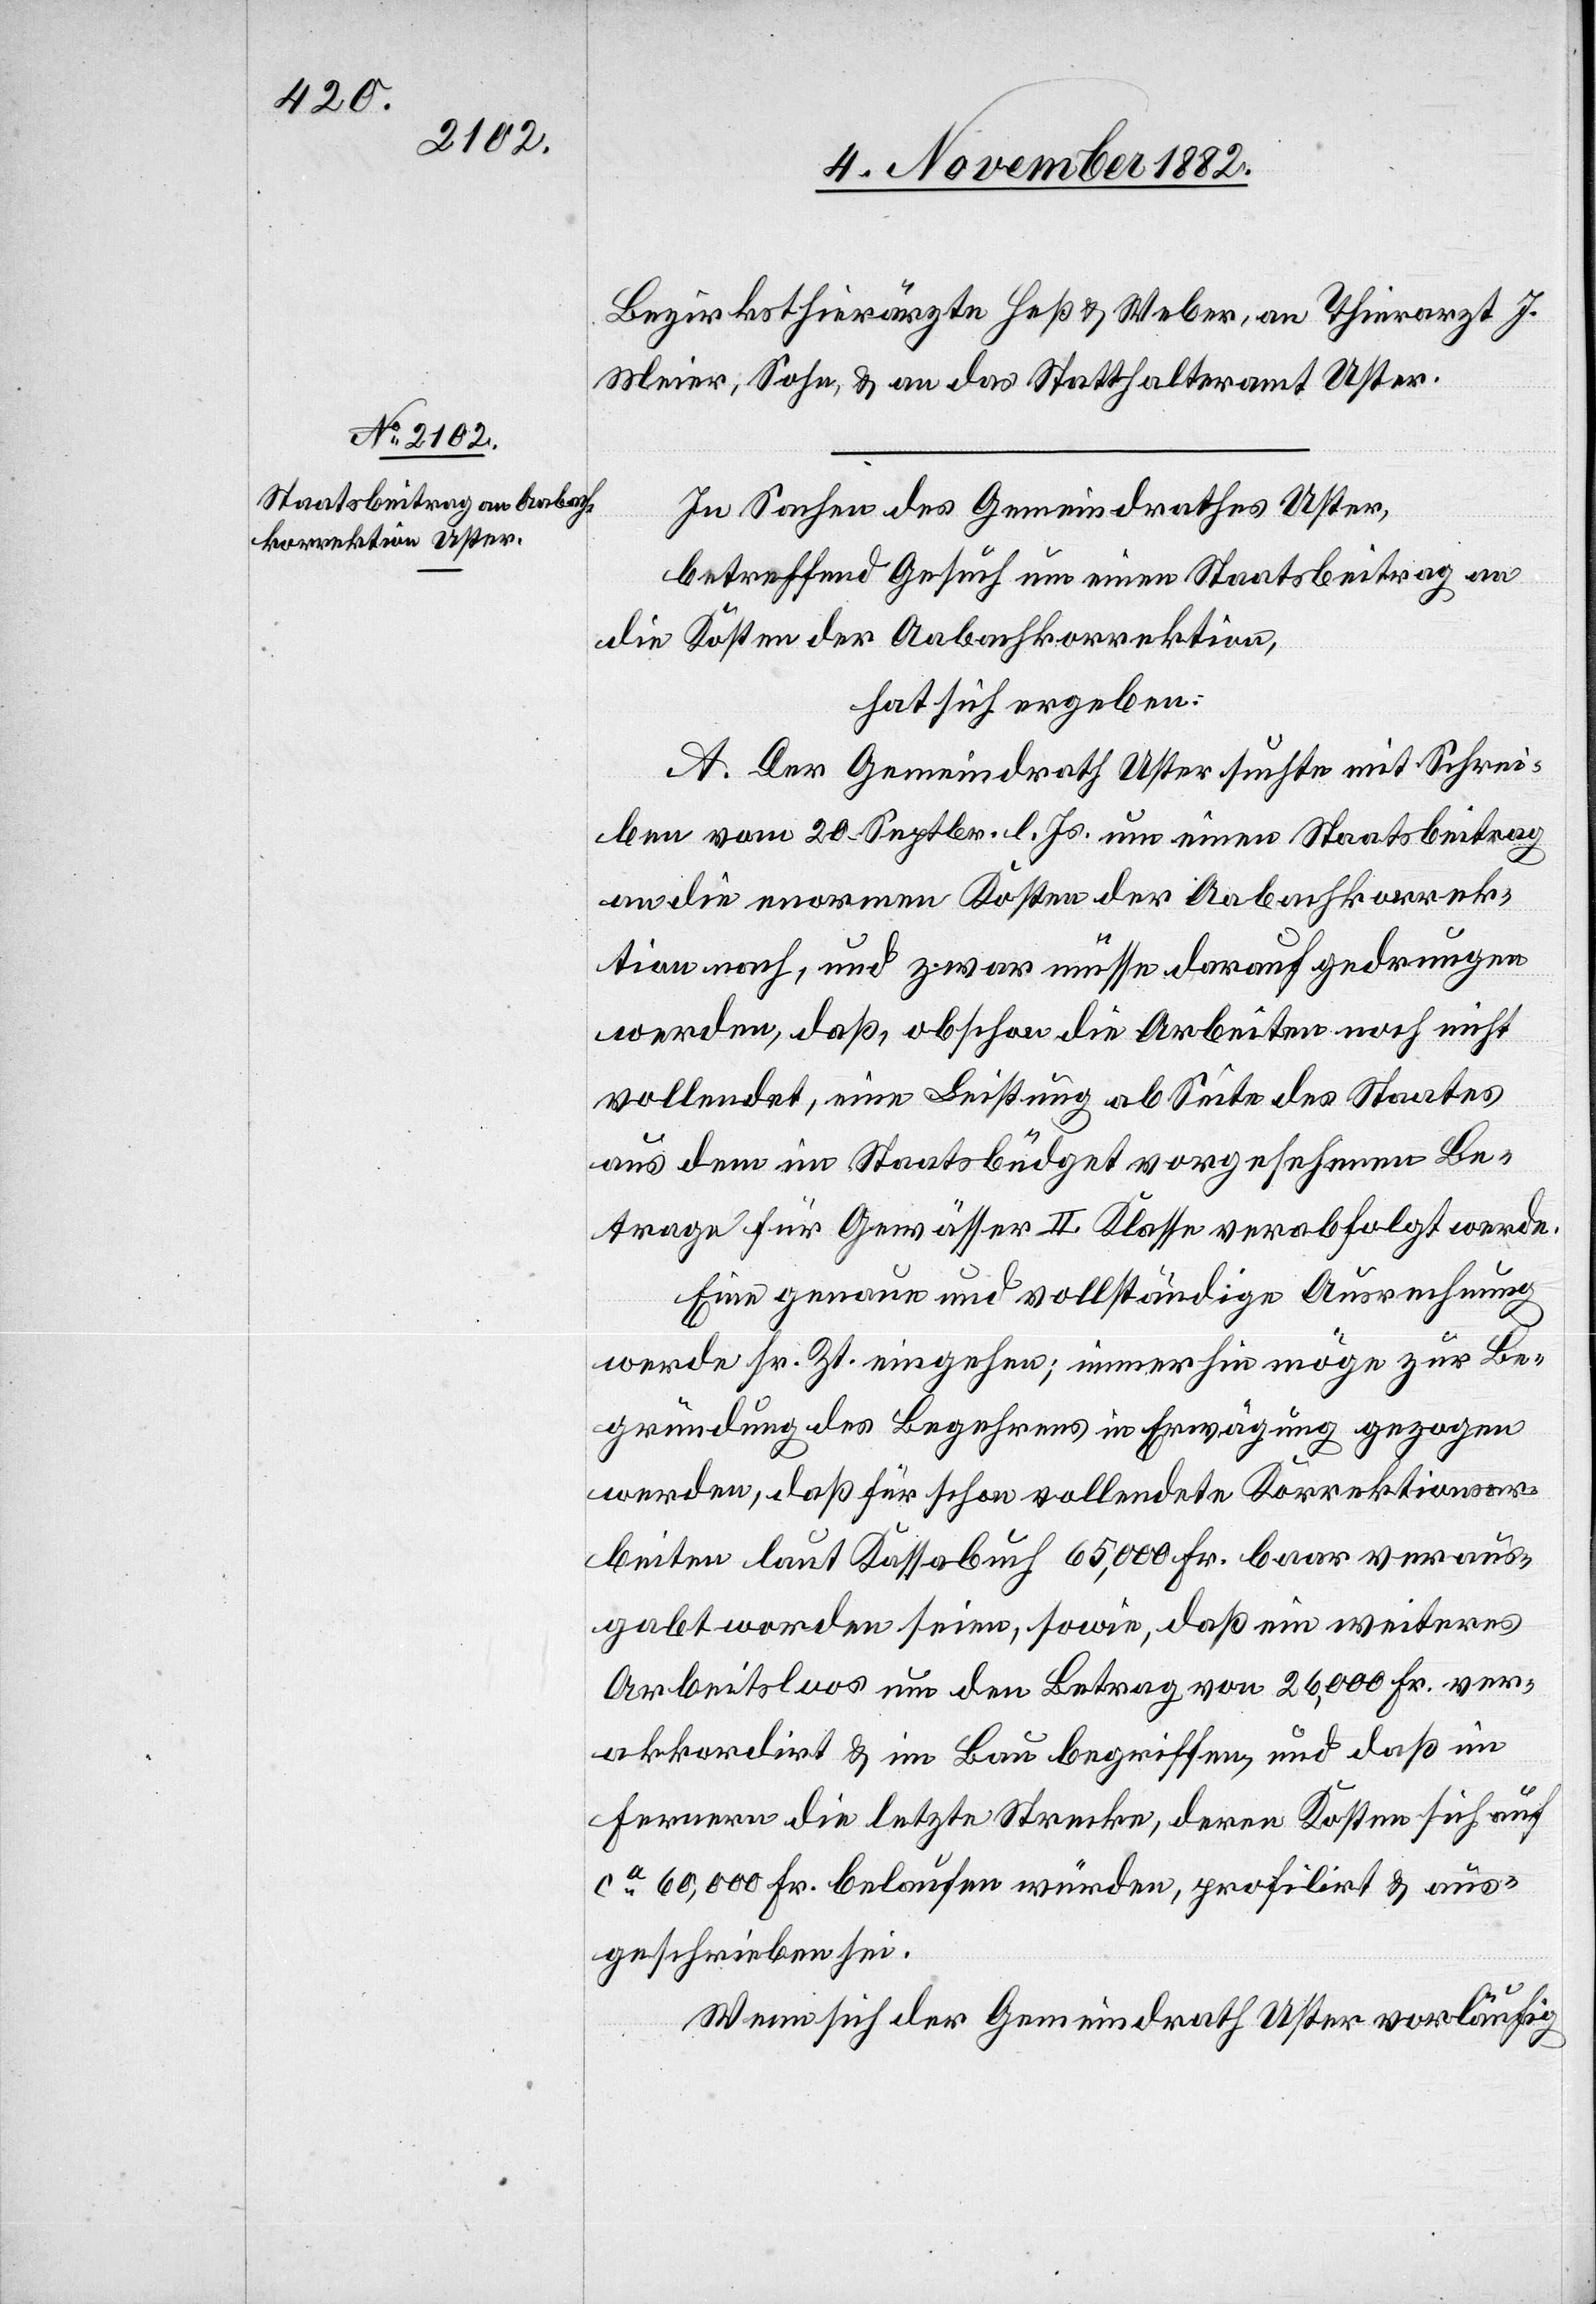
Bezirksthierärzte Heß & Weber, an Thierarzt J.
Meier, Sohn, & an das Statthalteramt Uster.
In Sachen des Gemeindrathes Uster,
betreffend Gesuch um einen Staatsbeitrag an
die Kosten der Aabachkorrektion,
hat sich ergeben:
A. Der Gemeindrath Uster suchte mit Schrei¬
ben vom 20. Septbr. l. Js. um einen Staatsbeitrag
an die enormen Kosten der Aabachkorrek¬
tion nach, und zwar müsse darauf gedrungen
werden, daß, obschon die Arbeiten noch nicht
vollendet, eine Leistung ab Seite des Staates
aus dem im Staatsbüdget vorgesehenen Be¬
trage für Gewässer II. Klasse verabfolgt werde.
Eine genaue und vollständige Ausrechnung
werde sr. Zt. eingehen; immerhin möge zur Be¬
gründung des Begehrens in Erwägung gezogen
werden, daß für schon vollendete Korrektionsar¬
beiten laut Kassabuch 65,000 Fr. baar veraus¬
gabt worden seien, sowie, daß ein weiteres
Arbeitsloos um den Betrag von 26,000 Fr. ver¬
akkordirt & im Bau begriffen, und daß im
Fernern die letzte Strecke, deren Kosten sich auf
ca 60,000 Fr. belaufen würden, profilirt & aus¬
geschrieben sei.
Wenn sich der Gemeindrath Uster vorläufig